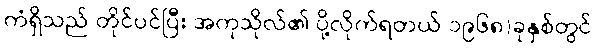
ကံရှိသည် တိုင်ပင်ပြီး အကုသိုလ်၏ ပို့လိုက်ရတယ် ၁၉၆၈)ခုနှစ်တွင်